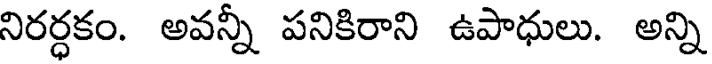
నిరర్ధకం. అవన్నీ పనికిరాని ఉపాధులు. అన్ని